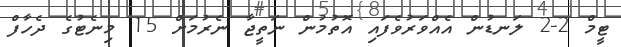
ޓީމް 2-2 ލަނޑުން އެއްވަރުވެފައި އޮތުމުން ނަތީޖާ ނެރުމަށް 15 މިނެޓުގެ ދެހާފް